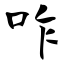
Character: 咋